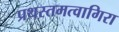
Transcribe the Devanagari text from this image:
प्रथस्तमत्वागिरा